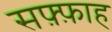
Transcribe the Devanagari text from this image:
सफ़्फ़ाह